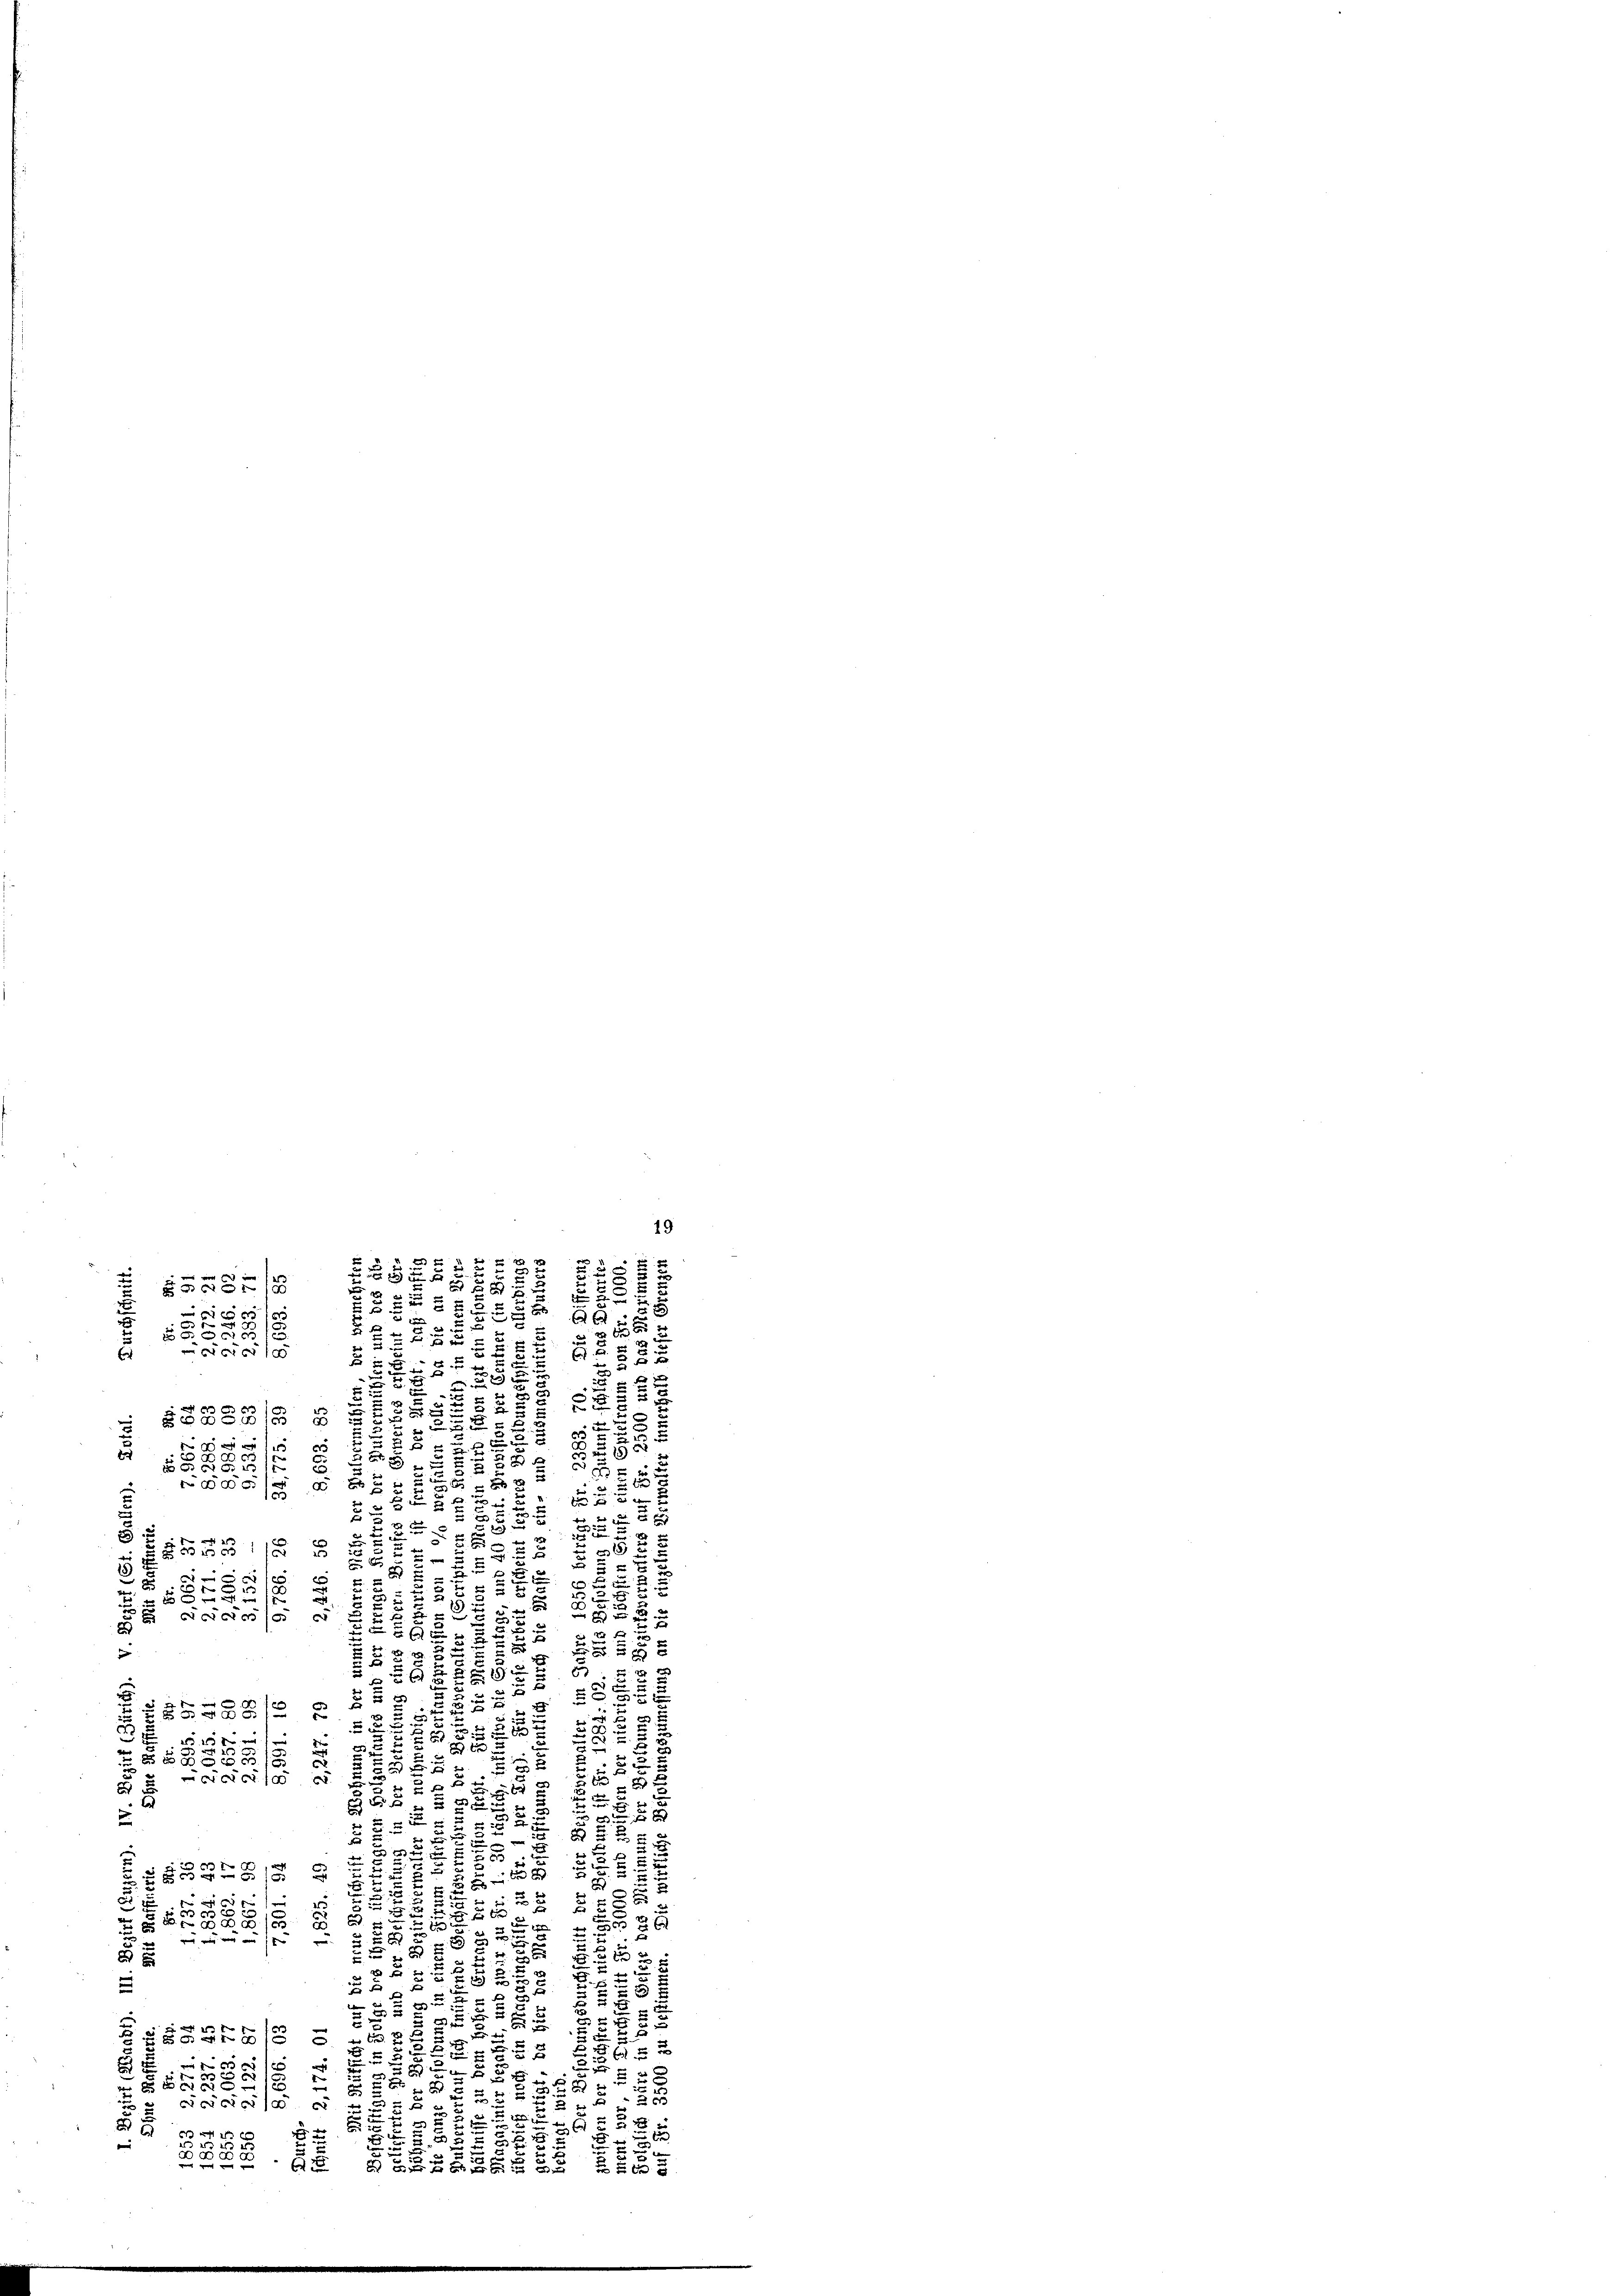
x

.
ee
x
3
5 f 0 x
u
2

u
x

u
e
E
u
53
u

¬
u
2
.
§8BGE 5

e
.
5
 xx
588
5

5

1

2
5 x
2
25
.
d
8 x
5.
3
.

52
 1/8 8

8
5
e
5
5
55
.
u
5
u
82

22
2 f
5
A8.

5
f
 x
B

 52 x
25

.
 xxx
u

8
 15 x
1
n
e
 E
58 x
 B. § 355/2
x

 cas
1 f 0 x
x
6 f 0 x

 xx
5
2
i
2
 xx

55
2
2
BGEG 2
x
u

e
c
 f 0 x
2
5
5
1

u

 2 x
86

e
5
/

2
 f 0 x
2
x
u

u
 2 f 20 x

f x
u
22
5
u
t
d
 3

251
u
75
§§§528/2
 6

xx

x
n
.
w

x

u
 56 xx
28 x
x
2xx
550
Pricierse
c
 22
u

 45 x
2357

e

3
6 x
 xx
f 5 x

19
 xx

F
 xx
8
 58
2